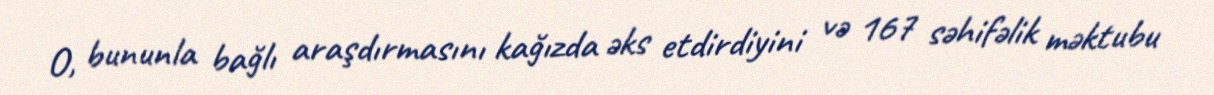
O, bununla bağlı araşdırmasını kağızda əks etdirdiyini və 167 səhifəlik məktubu